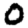
Digit: 0